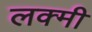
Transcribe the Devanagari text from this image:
लक्मी